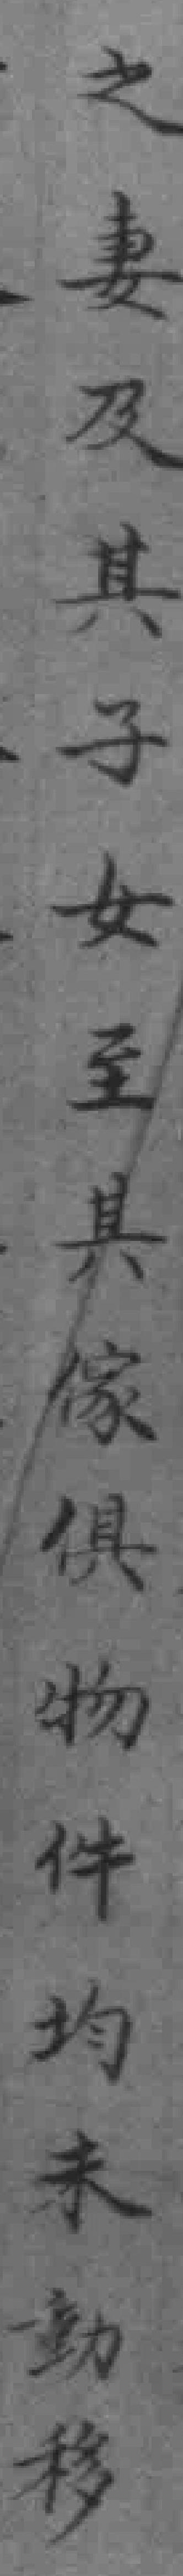
之妻及其子女至具傢俱物件均未動移